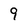
Character: 9